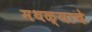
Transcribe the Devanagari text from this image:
मथळ्याचे